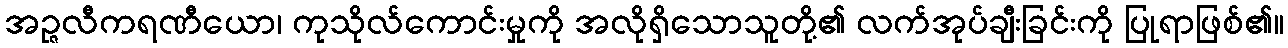
အဉ္ဇလီကရဏီယော၊ ကုသိုလ်ကောင်းမှုကို အလိုရှိသောသူတို့၏ လက်အုပ်ချီးခြင်းကို ပြုရာဖြစ်၏။